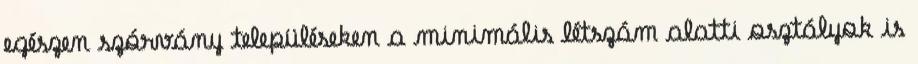
egészen szórvány településeken a minimális létszám alatti osztályok is